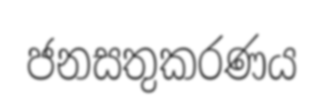
ජනසතුකරණය